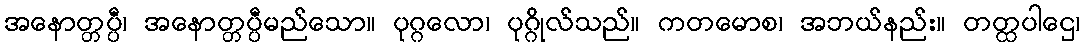
အနောတ္တပ္ပီ၊ အနောတ္တပ္ပီမည်သော။ ပုဂ္ဂလော၊ ပုဂ္ဂိုလ်သည်။ ကတမောစ၊ အဘယ်နည်း။ တတ္ထပါဌေ၊